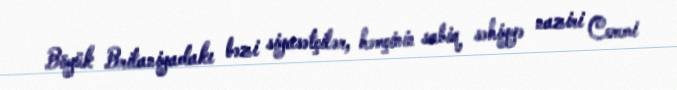
Böyük Britaniyadakı bəzi siyasətçilər, həmçinin sabiq səhiyyə naziri Ceremi